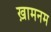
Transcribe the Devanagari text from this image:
ख़ामनम